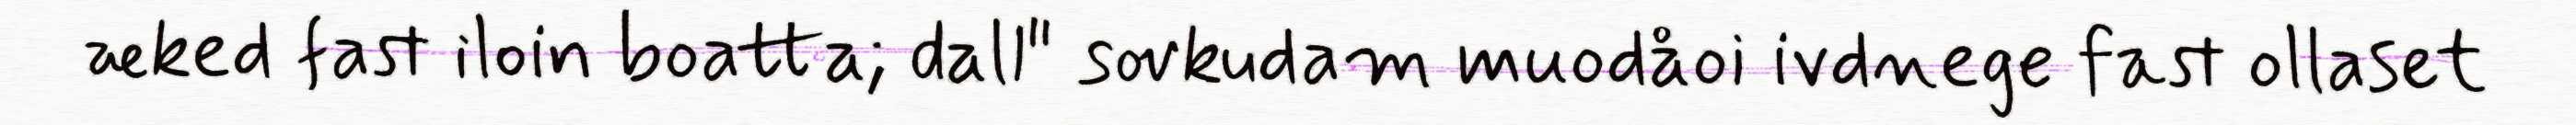
æked fast iloin boatta; dall" sovkudam muodåoi ivdnege fast ollaset